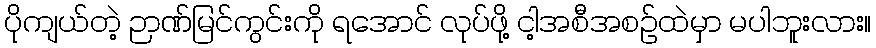
ပိုကျယ်တဲ့ ဉာဏ်မြင်ကွင်းကို ရအောင် လုပ်ဖို့ ငါ့အစီအစဉ်ထဲမှာ မပါဘူးလား။